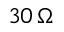
3 0 \, { \Omega }